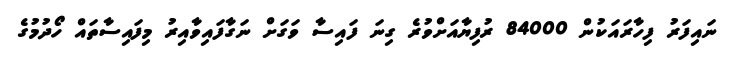
ނައިފަރު ފިހާރައަކުން 84000 ރުފިޔާއަށްވުރެ ގިނަ ފައިސާ ވަގަށް ނަގާފައިވާއިރު މިފައިސާތައް ހޯދުމުގެ